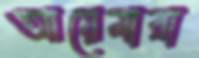
আয়েমারা